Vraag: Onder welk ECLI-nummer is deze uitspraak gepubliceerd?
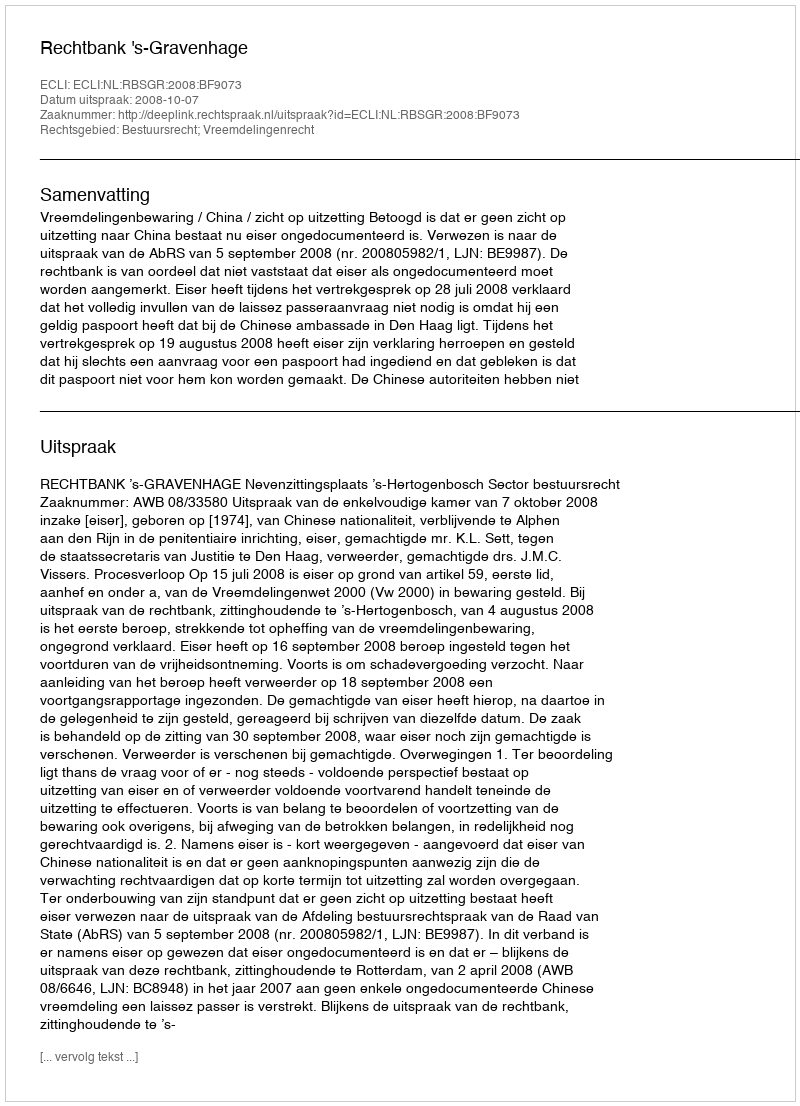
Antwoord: ECLI:NL:RBSGR:2008:BF9073